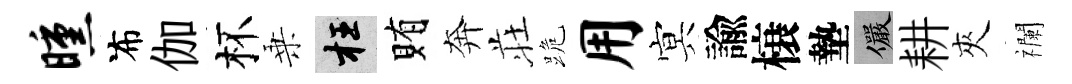
曛布伽杯乗枉賄奔荘跪用㝠諭榱墊儼耕夾襴